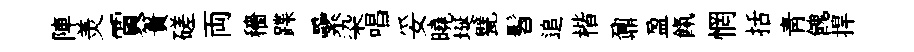
陣羙賈簣磋両穡蹀纍染唱妥曉埏甓髫追楷鼐盈餼惘括靑餽捍